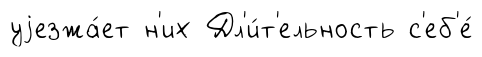
уjезжа́ет н'их Дл'и́т'ельность с'еб'е́